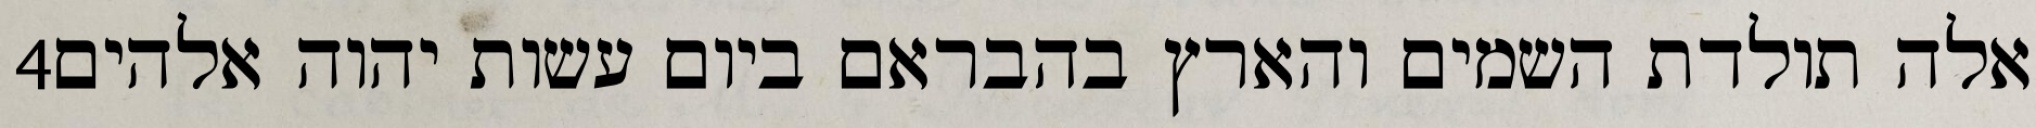
‎4‏ אלה תולדת השמים והארץ בהבראם ביום עשות יהוה אלהים